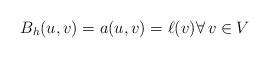
LaTeX: \begin{align*} B_h(u,v) = a (u,v) = \ell(v) \forall\, v \in V \end{align*}